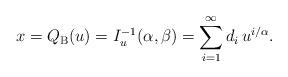
LaTeX: \begin{align*}x=Q_{\mathrm{B}}(u)=I_u^{-1}(\alpha,\beta)=\sum_{i=1}^{\infty}d_i\,u^{i/\alpha}.\end{align*}